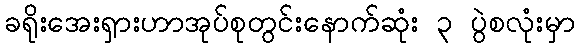
ခရိုးအေးရှားဟာအုပ်စုတွင်းနောက်ဆုံး ၃ ပွဲစလုံးမှာ